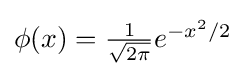
{\textstyle \phi (x)={\frac {1}{\sqrt {2\pi }}}e^{-{x^{2}}/{2}}}